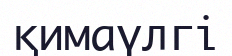
қимаүлгі